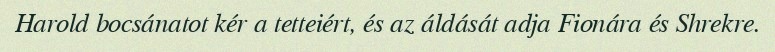
Harold bocsánatot kér a tetteiért, és az áldását adja Fionára és Shrekre.